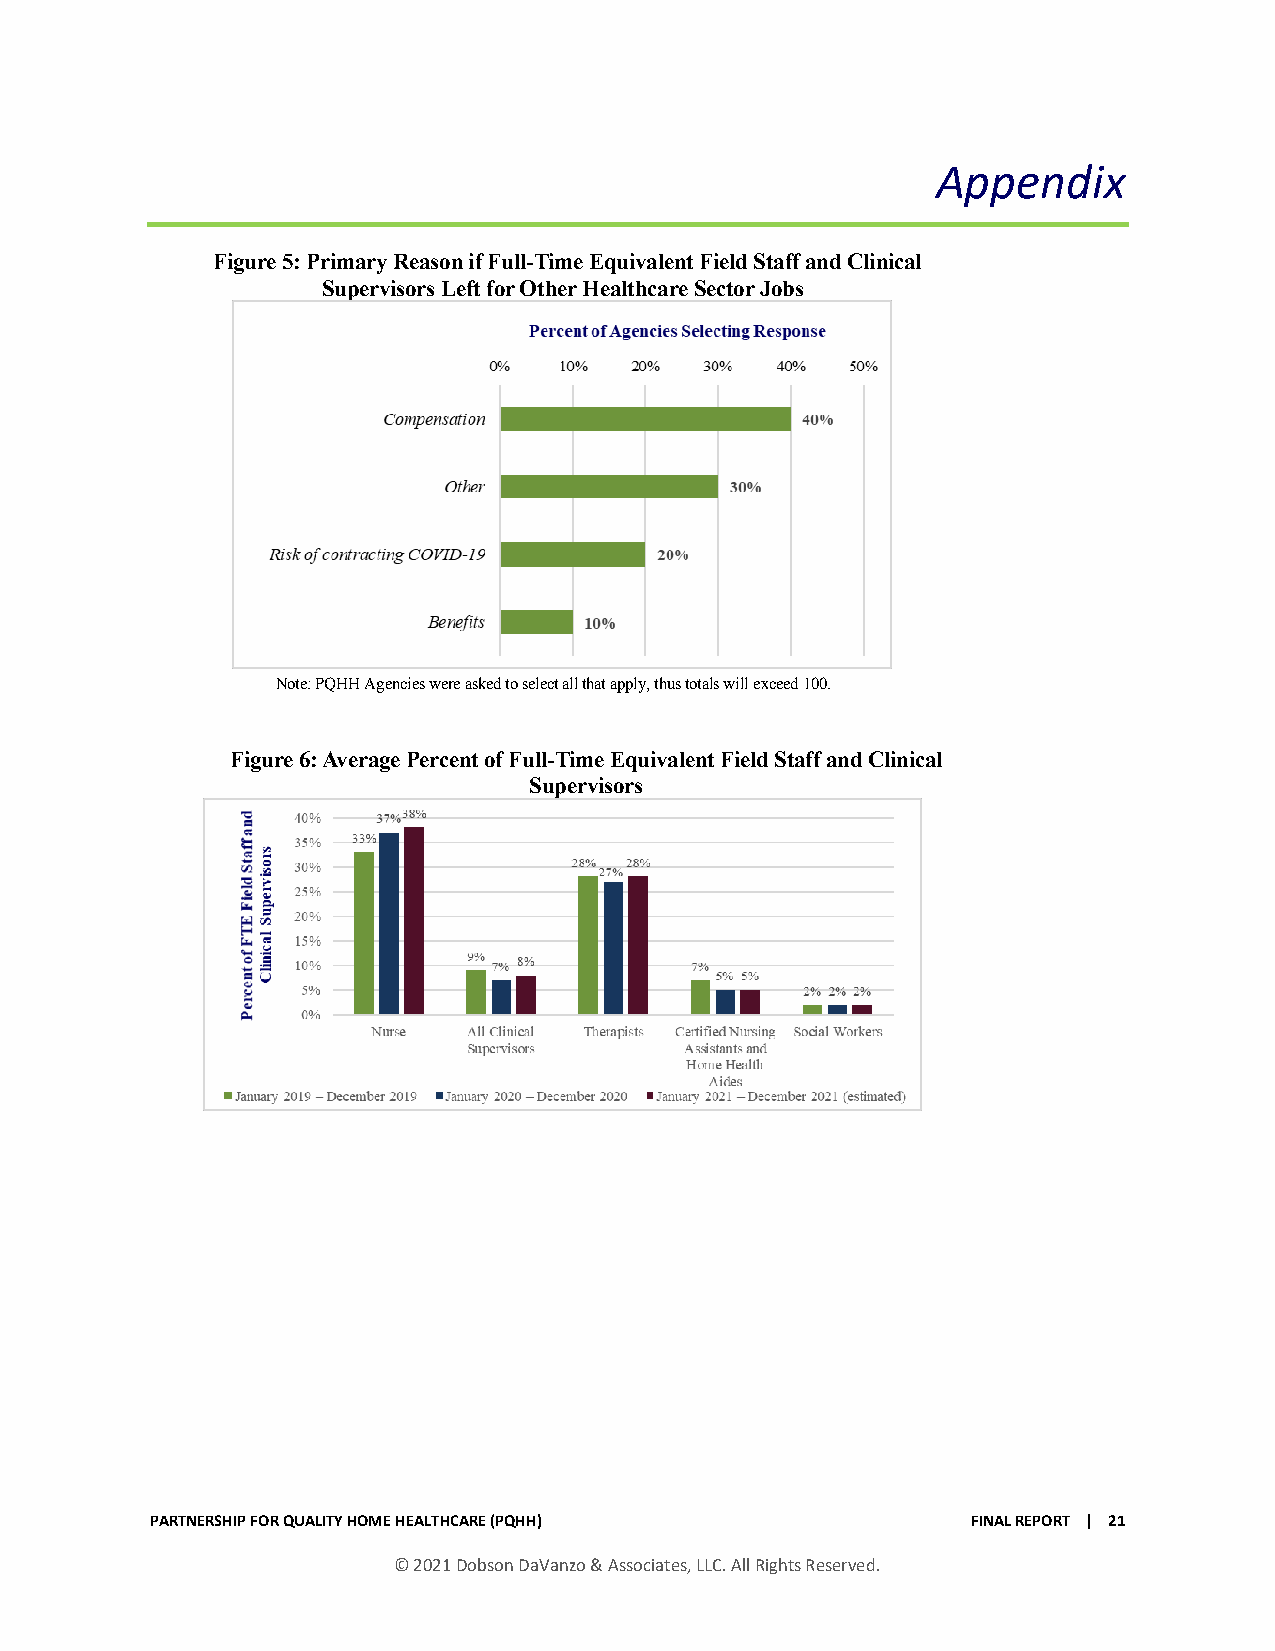
Appendix
 Figure 5: Primary Reason if Full-Time Equivalent Field Staff and Clinical
 Supervisors Left for Other Healthcare Sector Jobs
 Note: PQHH Agencies were asked to select all that apply, thus totals will exceed 100.
 Figure 6: Average Percent of Full-Time Equivalent Field Staff and Clinical
 Supervisors
 PARTNERSHIP FOR QUALITY HOME HEALTHCARE (PQHH)        FINAL REPORT | 21
 © 2021 Dobson DaVanzo & Associates, LLC. All Rights Reserved.